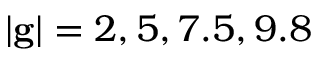
| \mathbf { g } | = 2 , 5 , 7 . 5 , 9 . 8